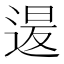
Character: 𮞡